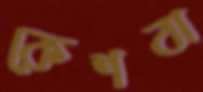
কেশবা